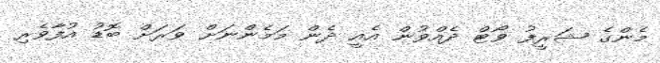
މެންގެ ޝަރީފު ވޯޓް ދެއްވުން އެއީ ދެން މަމެންނަށް ވަރަށް ބޮޑު އުފާވެރި